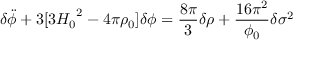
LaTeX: { \delta } \ddot { \phi } + 3 [ 3 { H _ { 0 } } ^ { 2 } - 4 { \pi } { \rho } _ { 0 } ] { \delta } { \phi } = \frac { 8 { \pi } } { 3 } { \delta } { \rho } + \frac { 1 6 { \pi } ^ { 2 } } { { \phi } _ { 0 } } { \delta } { { \sigma } ^ { 2 } }